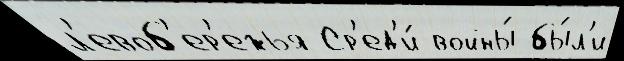
л'евоб'ер'ежья Ср'ед'и́ войны́ бы́л'и